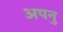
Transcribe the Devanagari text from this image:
अपनु